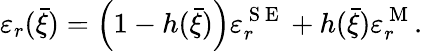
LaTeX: \varepsilon_{r}(\bar{\xi})=\Big(1-h(\bar{\xi})\Big)\varepsilon_{r}^{\mathrm{~S~E~}}+h(\bar{\xi})\varepsilon_{r}^{\mathrm{~M~}}.